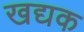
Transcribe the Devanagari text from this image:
खद्यक